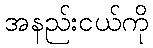
အနည်းငယ်ကို